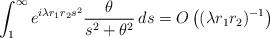
LaTeX: \begin{align*}\int_1^\infty e^{i\lambda r_1 r_2s^2} \frac{\theta}{s^2+\theta^2}\,ds=O\left((\lambda r_1r_2)^{-1}\right)\end{align*}